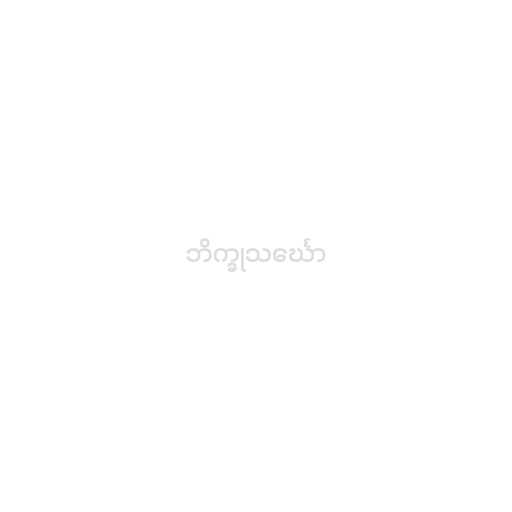
ဘိက္ခုသင်္ဃော